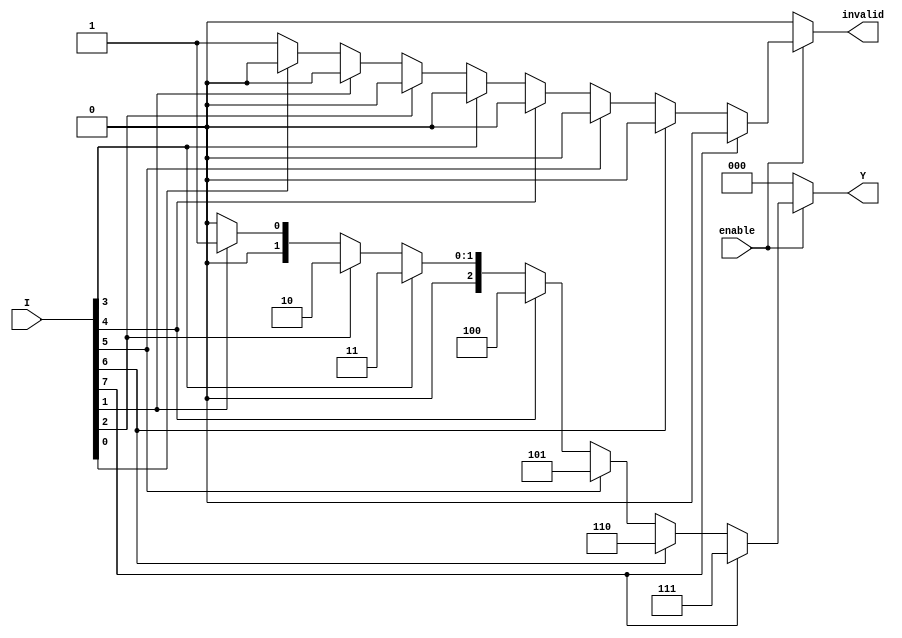
module octal_to_binary_encoder (
    input wire [7:0] I,     // Octal Input (I0 to I7)
    input wire enable,      // Enable signal
    output reg [2:0] Y,     // Binary Output (Y2, Y1, Y0)
    output reg invalid       // Invalid output signal
);

    always @(*) begin
        if (!enable) begin
            Y = 3'b000;       // Set output to 000 when not enabled
            invalid = 1'b0;   // No invalid state
        end else begin
            case (1'b1)       // Check for any active high input
                I[7]: begin Y = 3'b111; invalid = 1'b0; end
                I[6]: begin Y = 3'b110; invalid = 1'b0; end
                I[5]: begin Y = 3'b101; invalid = 1'b0; end
                I[4]: begin Y = 3'b100; invalid = 1'b0; end
                I[3]: begin Y = 3'b011; invalid = 1'b0; end
                I[2]: begin Y = 3'b010; invalid = 1'b0; end
                I[1]: begin Y = 3'b001; invalid = 1'b0; end
                I[0]: begin Y = 3'b000; invalid = 1'b0; end
                default: begin     // If no inputs are active
                    Y = 3'b000;     // Default output
                    invalid = 1'b1; // Indicate invalid input
                end
            endcase
        end
    end

endmodule